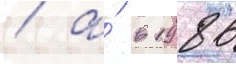
/ а́ в 1986